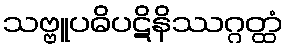
သဗ္ဗူပဓိပဋိနိဿဂ္ဂတ္ထံ